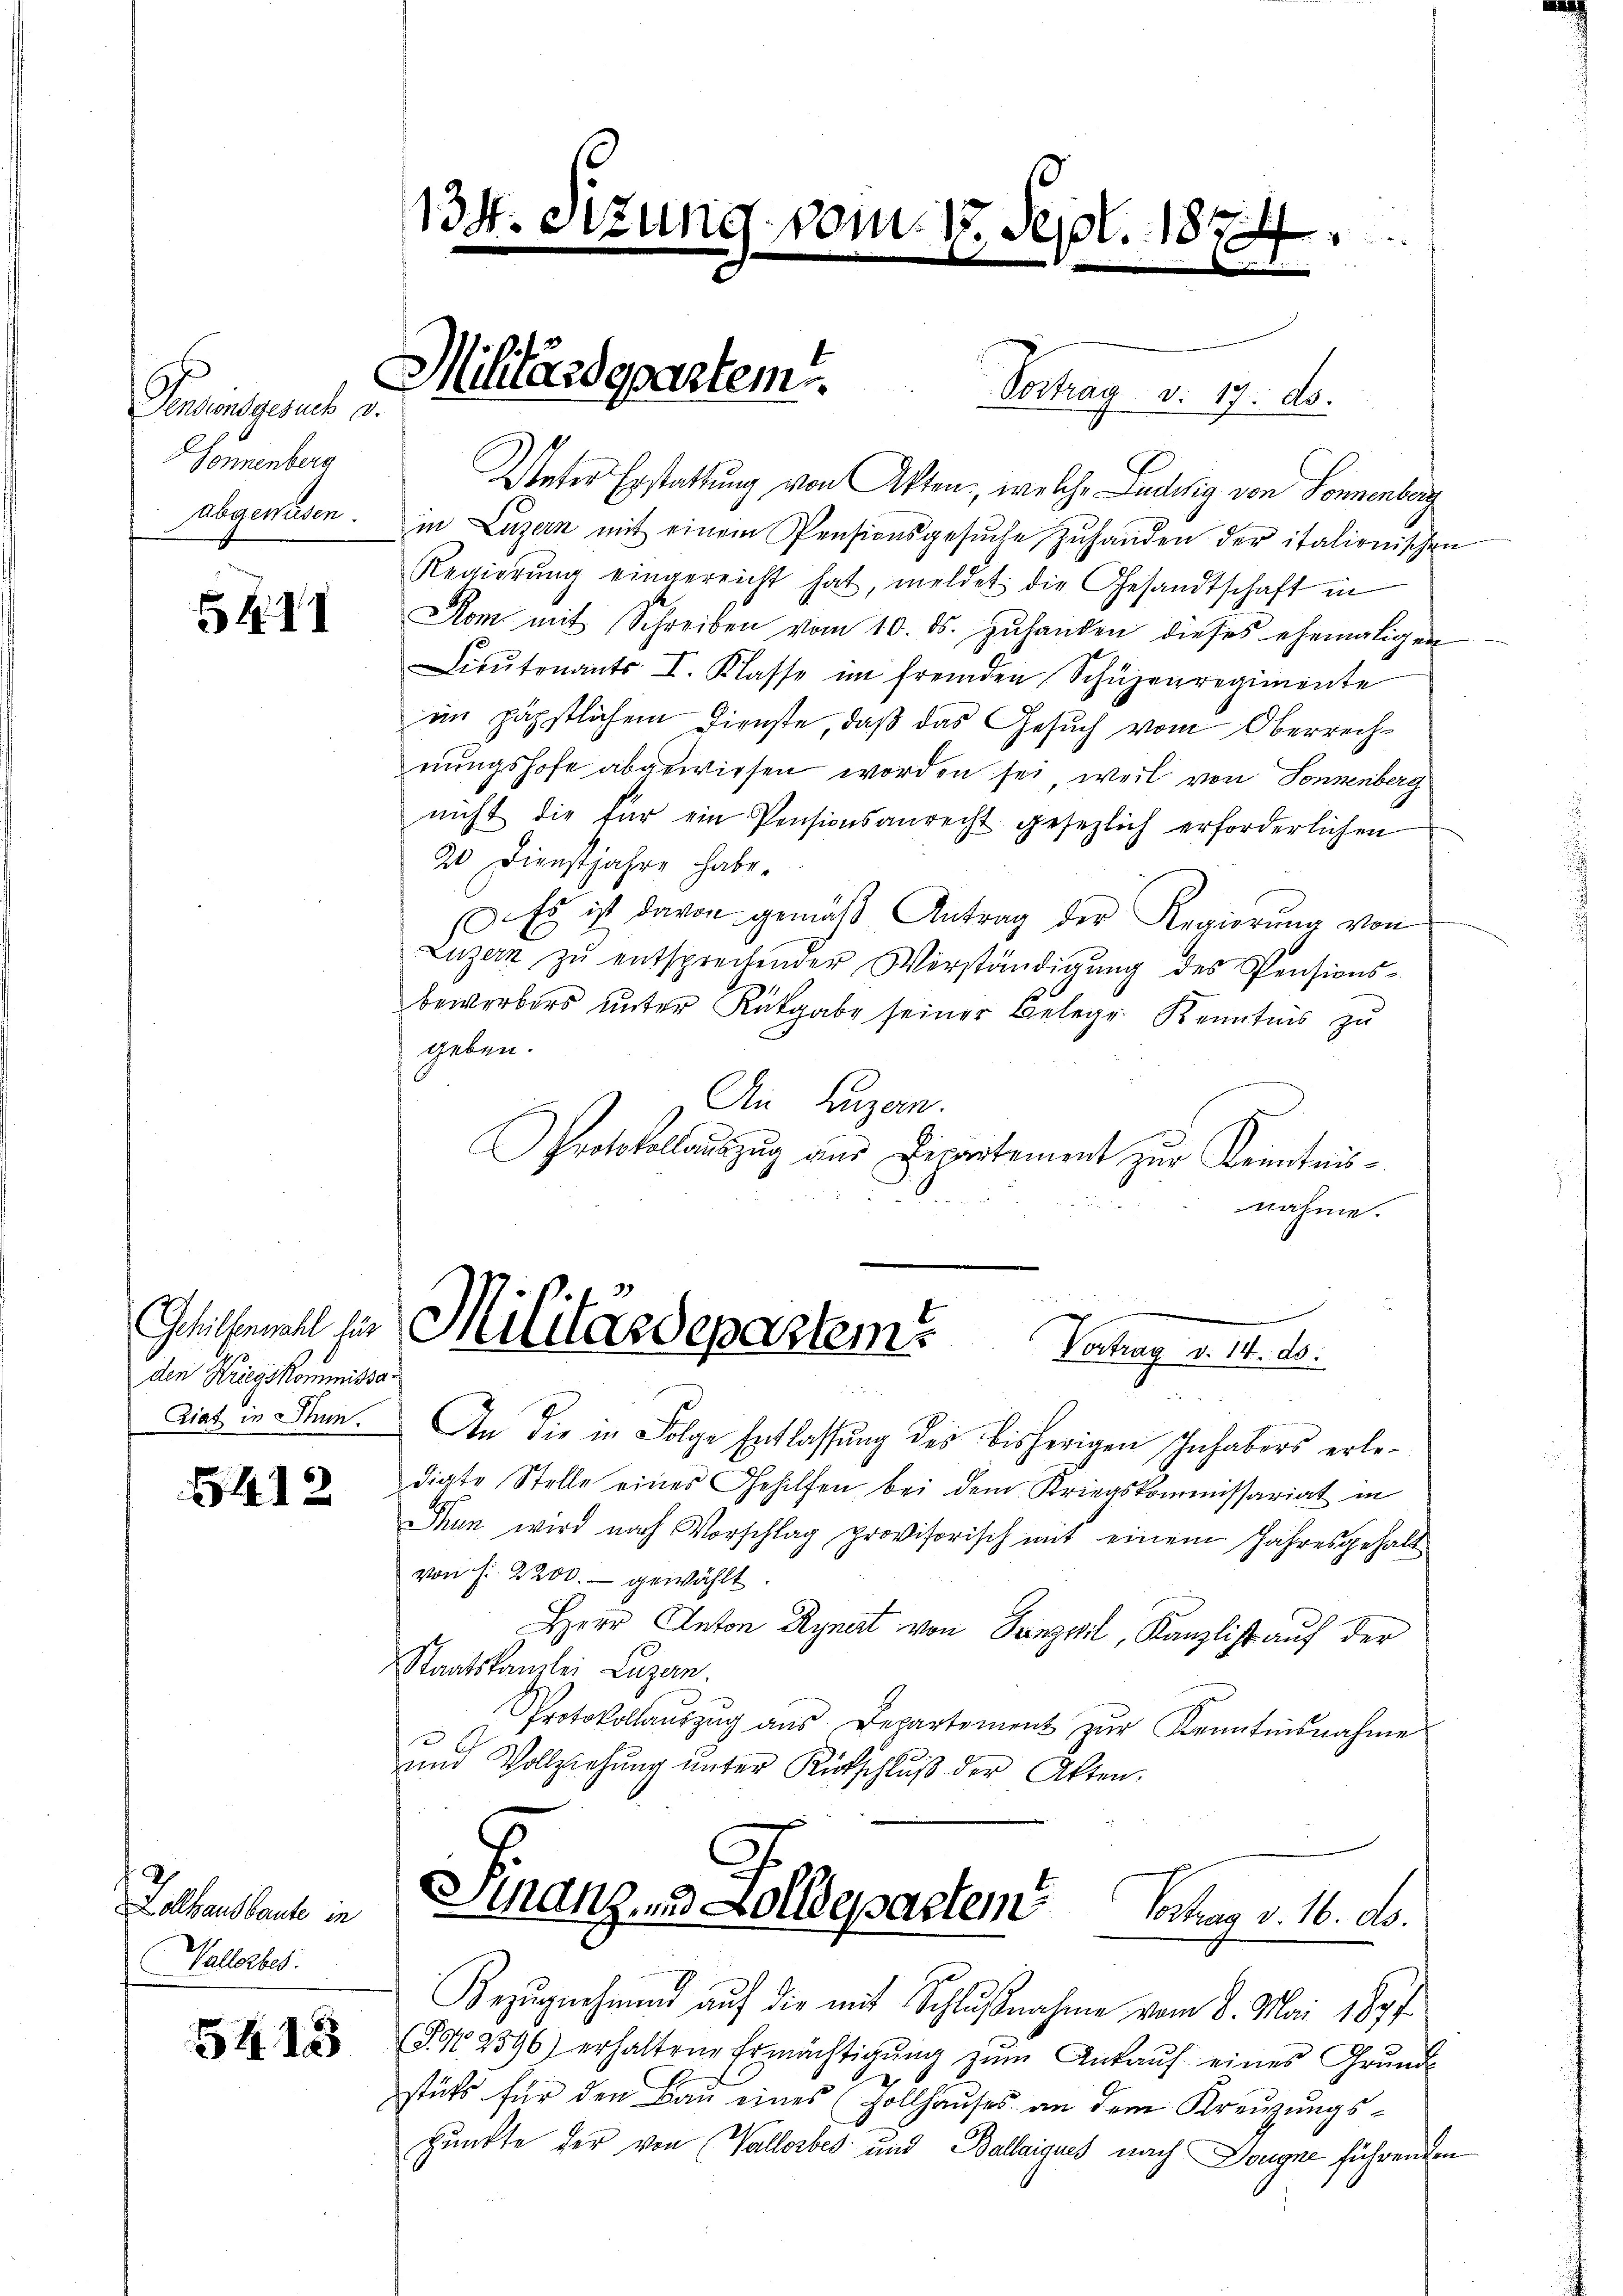
Pensionsgesuch a.
Sonnenberg
abgewesen.

5411

den Kriegskommissa¬
Giat in Thun.

412

Holhausbaute in
Wallerbes

5413

134. Sizung vom 17. Sept. 1874.

Unter Erstattung von Akten, welche Ludwig von Sonnenberg
in Luzern mit einem Pensionsgesŭche zŭ handen der italienischen
Regierŭng eingereicht hat, meldet die Gesandtschaft in
Rom mit Schreiben vom 10. ds. zŭhanden dieses ehemaligen
Lieŭtenants I. Klasse im fremden Schüzenregimente
im päpstlichem Dienste, daß das Gesuch vom Oberrechnungshofe abgewiesen worden sei, weil von Sonnenberg
nicht die für ein Pensionsanrecht gesezlich erforderlichen
20 Dienstjahre habe.
Es ist davon gemäß Antrag der Regierung von
Luzern zŭ entsprechender Verständigŭng des Pensions-
bewerbers unter Rückgabe seiner Belege Kenntnis zu
geben.
An Luzern.
Protokollauszug aus Departement zur Kenntnisnahme.
Schilfen für Militas Departems
Vortrag v. 4. 20.
An die in Folge Entlassung des bisherigen Inhabers erledigte Stelle eines Gehilfen bei dem Kriegskommissariat in
Thun wird nach Vorschlag provisorisch mit einem Jahresgehalt
von f. 2200.- gewählt.
Herr Anton Rynat von Ganzel, Kanzlist auf der
Staatskanzlei Lugan.
Protokollaŭszŭg aŭs Departement zŭr Kenntnisnahme
e
und Vollziehung unter Rückschluß der Akten.
Sinanz- und Zolldepartem Vortrag v. 16. d.
Bezŭgnehmend aŭf die mit Schlŭβnahme vom 8. Mai 1877.
(S. 2396) erhaltene Ermächtigŭng zŭm Ankaŭf eines Grŭnde
stüts für den Bau eines (Zollhauses an dem Kreuzungspunkte der von (Vallorbes und Ballaigues nach Dougne führenden

Militärdepartem . . . Vortrag v. 17. d.